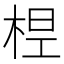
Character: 𣒋